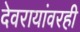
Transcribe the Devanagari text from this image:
देवरायांवरही